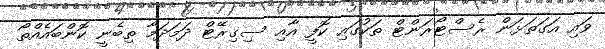
ވައި އަގަތަޅަން ރެސްޓޯރަންޓް ތަކުގައި ކޮފީ އާއި ސިގިރޭޓް ދަމަދަމާ ތިބެނީ ކޮންބައެއްތޯ